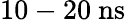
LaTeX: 10-20\ \mathrm{ns}